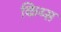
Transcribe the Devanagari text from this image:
किय्स